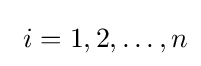
\ i=1,2,\ldots ,n